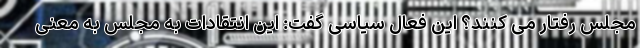
مجلس رفتار می کنند؟ این فعال سیاسی گفت: این انتقادات به مجلس به معنی